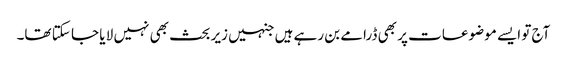
آج تو ایسے موضوعات پر بھی ڈرامے بن رہے ہیں جنہیں زیر بحث بھی نہیں لا یا جا سکتا تھا۔